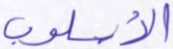
الأسلوب